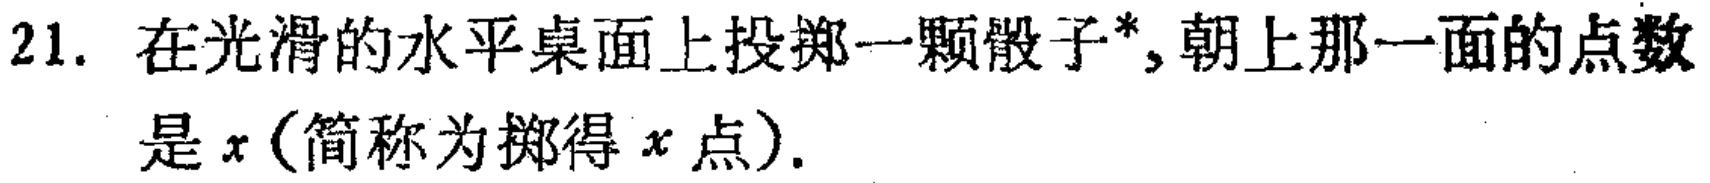
21. 在光滑的水平桌面上投掷一颗骰子*，朝上那一面的点数是\(x\)(简称为掷得\(x\)点).